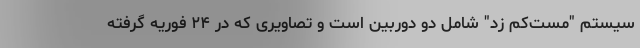
سیستم "مست‌کم زد" شامل دو دوربین است و تصاویری که در ۲۴ فوریه گرفته